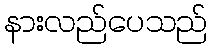
နားလည်ပေသည်